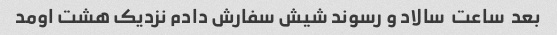
بعد  ساعت  سالاد و رسوند شیش سفارش دادم نزدیک هشت اومد